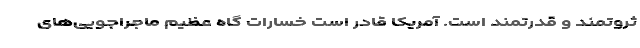
ثروتمند و قدرتمند است. آمریکا قادر است خسارات گاه عظیم ماجراجویی‌های